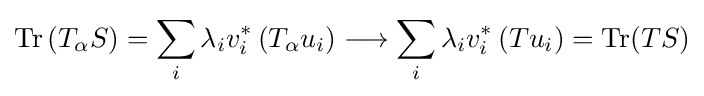
{\text{Tr}}\left(T_{\alpha }S\right)=\sum _{i}\lambda _{i}v_{i}^{*}\left(T_{\alpha }u_{i}\right)\longrightarrow \sum _{i}\lambda _{i}v_{i}^{*}\left(Tu_{i}\right)={\text{Tr}}(TS)